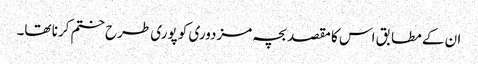
ان کے مطابق اس کا مقصد بچہ مزدوری کو پوری طرح ختم کرنا تھا۔